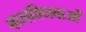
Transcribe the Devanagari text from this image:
बालविधवाओं